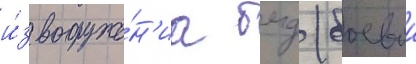
и́з вооруже́н'иа бмд (боевои